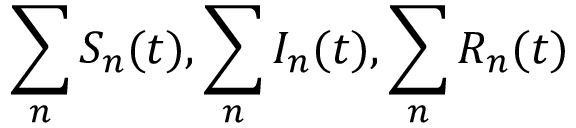
\sum _ { n } S _ { n } ( t ) , \sum _ { n } I _ { n } ( t ) , \sum _ { n } R _ { n } ( t )